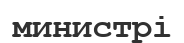
министрі